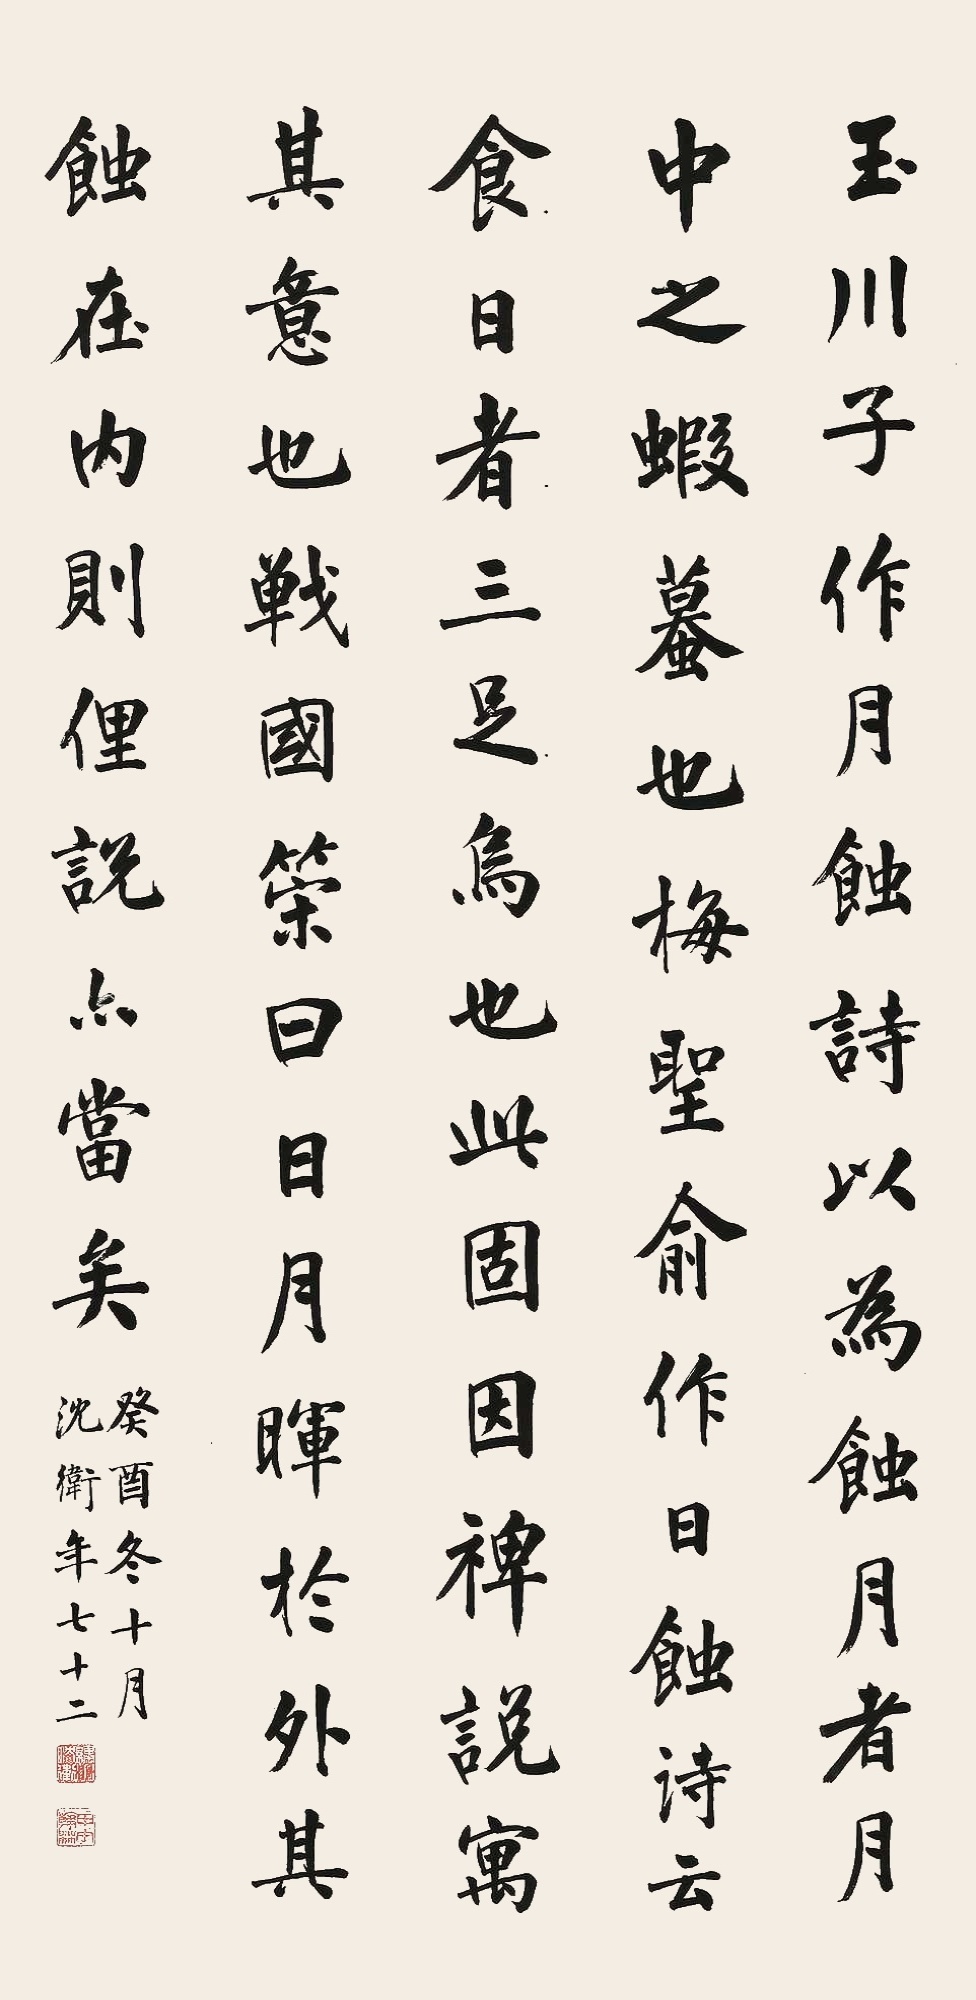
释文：玉川子作月蚀诗，以为蚀月者，月中之虾蟆也。梅圣俞作日蚀诗云，食日者三足乌也，此固因裨说寓其意也。战国策曰：日月晖于外，其蚀在内。则俚说亦当矣。癸酉冬十月，沈卫年七十二。